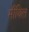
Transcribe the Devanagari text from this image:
मीथिल